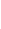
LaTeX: \! \! \! \! \! \! \! \! \! \! \! \delta\! \! \! \! \! \! \! \! \! \! \! \! \in\! \! \! \! \! \! \! \! \! \! \! \! \! \! \! \! \! \! \! \! \! \! \! \! (\! \! \! \! \! \! \! \! \! \! \! \! 0\! \! \! \! \! \! \! \! \! \! \! \! ,\! \! \! \! \! \! \! \! \! \! \! \! \bar{\! }\! \! \! \! \! \! \! \! \! \! \! \delta\! \! \! \! \! \! \! \! \! \! \! \! )\! \! \! \! \! \! \! \! \! \! \!